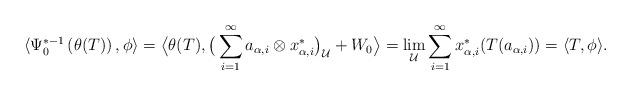
LaTeX: \begin{align*}\langle \Psi_0^{*-1}\left(\theta(T)\right), \phi\rangle =\big\langle \theta(T), \big(\sum_{i=1}^\infty a_{\alpha,i}\otimes x^*_{\alpha,i}\big)_\mathcal{U}+W_0\big\rangle=\lim_\mathcal{U}\sum_{i=1}^\infty x^*_{\alpha,i}(T(a_{\alpha,i}))=\langle T, \phi\rangle.\end{align*}